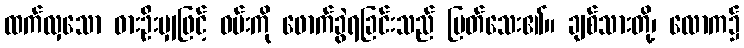
ထက်လှသော ဓားဦးမျှဖြင့် ဝမ်းကို ဖောက်ခွဲရခြင်းသည် မြတ်သေး၏။ ချစ်သားတို့၊ လောက၌